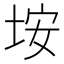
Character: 垵